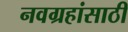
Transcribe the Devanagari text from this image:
नवग्रहांसाठी